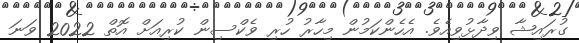
ގުރައިޝާ ވިދާޅުވިއެވެ. އެހެންކަމުން މިހާރު ހުރި ވެކްސިން ކުރިއަށް އޮތް 2022 ވަނަ